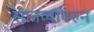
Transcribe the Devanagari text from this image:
सातव्यावरुन